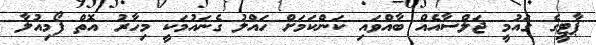
ޕާޓީގެ ގައުމީ ޖަލްސާއެއް ބާއްވައި ކަންކަމަށް ހައްލު ގެނައުމަކީ މިހާރު އޮތް ފޯމިއުލާ